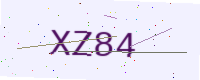
Text: XZ84